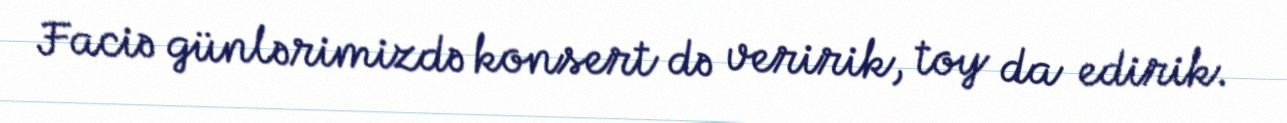
Faciə günlərimizdə konsert də veririk, toy da edirik.